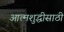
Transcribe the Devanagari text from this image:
आत्मशुद्धीसाठी